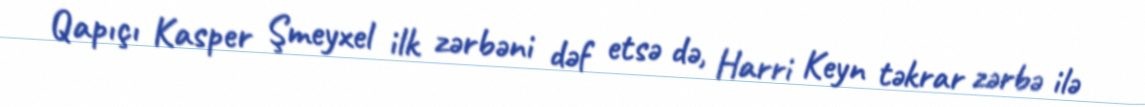
Qapıçı Kasper Şmeyxel ilk zərbəni dəf etsə də, Harri Keyn təkrar zərbə ilə